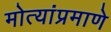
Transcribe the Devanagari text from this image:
मोत्यांप्रमाणे